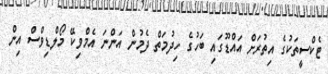
ޓެކްސީތަކުގެ އިތުރަށް އައްޑޫގައި ބަހުގެ ހިދުމަތް ދެމުން އަންނަ އެމްވިކޭ މޯލްޑިވްސް އިން